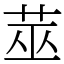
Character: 莁